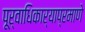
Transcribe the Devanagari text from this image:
पूर्वाधिकार्‍याप्रमाणे